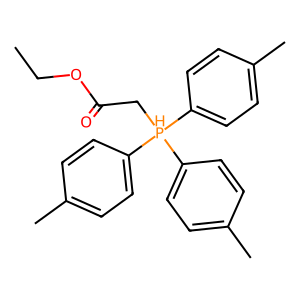
SMILES: CCOC(=O)C[PH](c1ccc(C)cc1)(c1ccc(C)cc1)c1ccc(C)cc1
Inhibits HIV replication: No